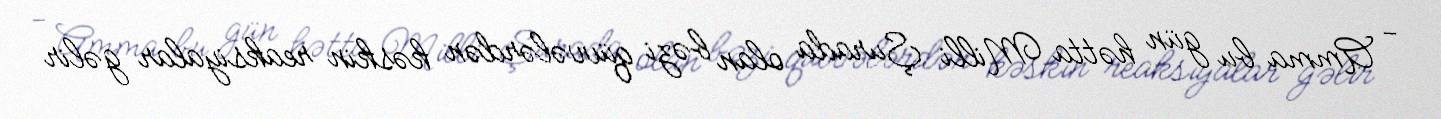
- Amma bu gün hətta Milli Şurada olan bəzi qüvvələrdən kəskin reaksiyalar gəlir